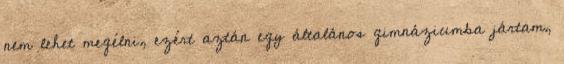
nem lehet megélni, ezért aztán egy általános gimnáziumba jártam,